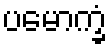
ပမောက္ခံ